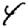
Digit: 4